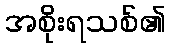
အစိုးရသစ်၏